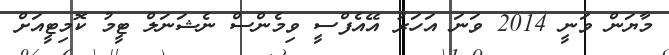
މާޔަން ވަނީ 2014 ވަނަ އަހަރު އޭއެފްސީ ވިމެންސް ނެޝަނަލް ޓީމު ކޮމިޓީއަށް